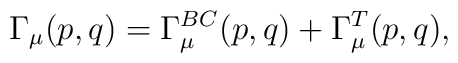
\Gamma_\mu (p,q) = \Gamma_\mu^{BC} (p,q) + \Gamma_\mu^T (p,q),